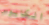
الكابوس